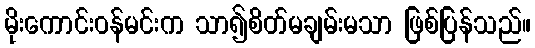
မိုးကောင်းဝန်မင်းက သာ၍စိတ်မချမ်းမသာ ဖြစ်ပြန်သည်။